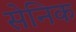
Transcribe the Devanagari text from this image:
सेनिक